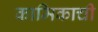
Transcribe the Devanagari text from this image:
कामिकाची